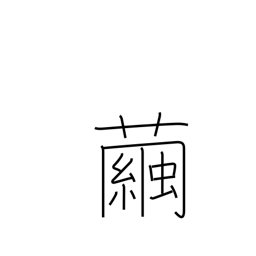
Meaning: cocoon